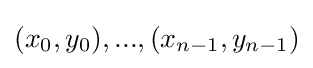
(x_{0},y_{0}),...,(x_{n-1},y_{n-1})